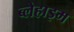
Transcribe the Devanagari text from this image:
ब्लेहाइम